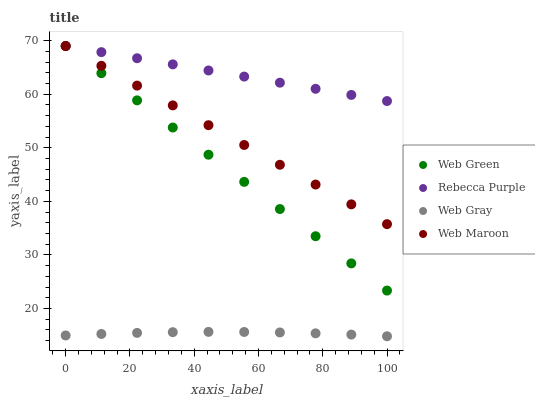
| xaxis_label | Web Green | Rebecca Purple | Web Gray | Web Maroon |
 | --- | --- | --- | --- | --- |
 | 0 | 69 | 69 | 15 | 69 |
 | 11.1 | 63.9 | 67.9 | 15.2 | 65.3 |
 | 22.2 | 58.9 | 66.7 | 15.5 | 61.6 |
 | 33.3 | 53.8 | 65.6 | 15.6 | 57.9 |
 | 44.4 | 48.7 | 64.4 | 15.6 | 54.2 |
 | 55.6 | 43.6 | 63.3 | 15.6 | 50.5 |
 | 66.7 | 38.6 | 62.2 | 15.5 | 46.8 |
 | 77.8 | 33.5 | 61 | 15.4 | 43.1 |
 | 88.9 | 28.4 | 59.9 | 15.1 | 39.4 |
 | 100 | 23.3 | 58.7 | 14.8 | 35.7 |